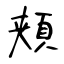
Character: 頬